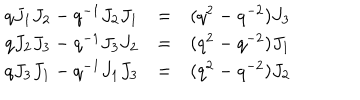
\begin{array} { l c r } { { q J _ { 1 } J _ { 2 } - q ^ { - 1 } J _ { 2 } J _ { 1 } } } & { { = } } & { { ( q ^ { 2 } - q ^ { - 2 } ) J _ { 3 } } } \\ { { q J _ { 2 } J _ { 3 } - q ^ { - 1 } J _ { 3 } J _ { 2 } } } & { { = } } & { { ( q ^ { 2 } - q ^ { - 2 } ) J _ { 1 } } } \\ { { q J _ { 3 } J _ { 1 } - q ^ { - 1 } J _ { 1 } J _ { 3 } } } & { { = } } & { { ( q ^ { 2 } - q ^ { - 2 } ) J _ { 2 } } } \\ \end{array}